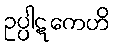
ဥပ္ပါဋကေဟိ